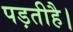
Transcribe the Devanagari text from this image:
पड़तीहै।